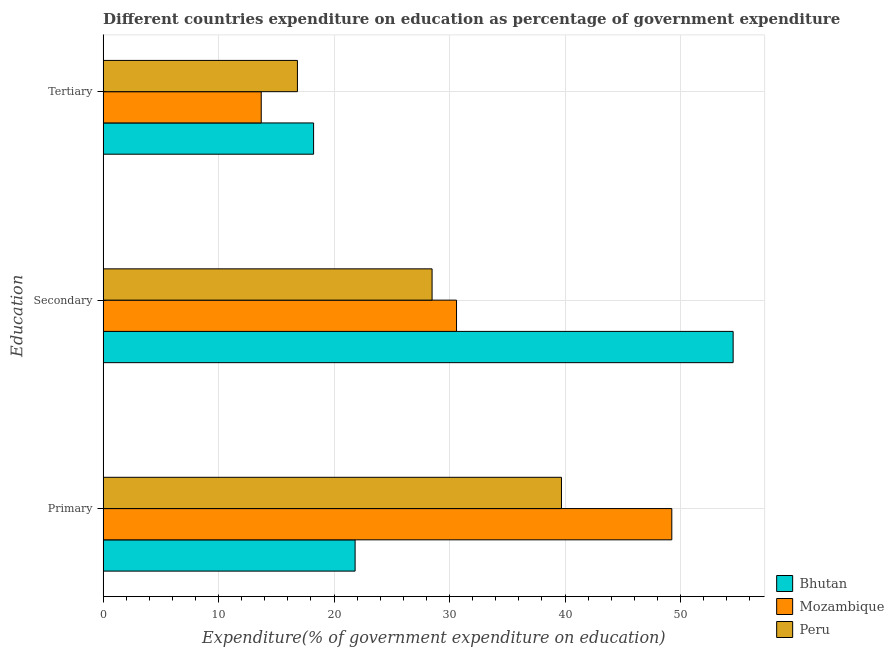
| Education | Bhutan | Mozambique | Peru |
 | --- | --- | --- | --- |
 | Primary | 21.8 | 49.2 | 39.7 |
 | Secondary | 54.6 | 30.6 | 28.5 |
 | Tertiary | 18.2 | 13.7 | 16.8 |